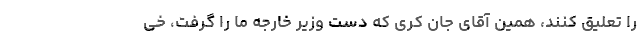
را تعلیق کنند، همین آقای جان کری که دست وزیر خارجه ما را گرفت، خی